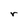
Character: r